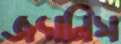
জ্যানিস